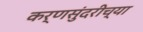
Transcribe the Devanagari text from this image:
कर्णसुंदरीच्या